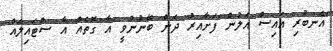
"އެނބުރި އައިސް އަލުން ފަށާއިރު ދެން ބޭނުންވީ އާ ގޮތެއް އާ ސްޓައިލެއް